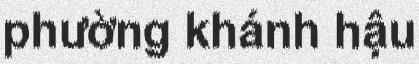
phường khánh hậu